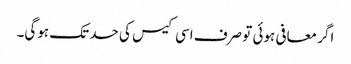
اگر معافی ہوئی تو صرف اسی کیس کی حد تک ہوگی۔